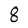
Character: 8